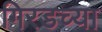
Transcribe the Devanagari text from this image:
गिरडच्या